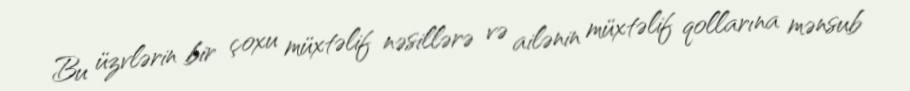
Bu üzvlərin bir çoxu müxtəlif nəsillərə və ailənin müxtəlif qollarına mənsub